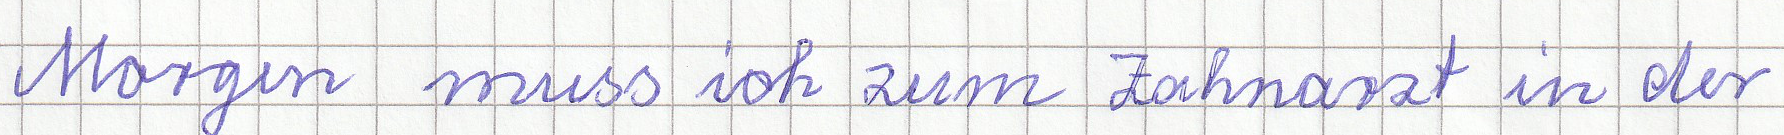
Morgen muss ich zum Zahnarzt in der